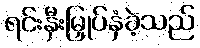
ရင်းနှီးမြှုပ်နှံခဲ့သည်